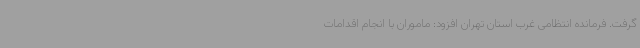
گرفت. فرمانده انتظامی غرب استان تهران افزود: ماموران با انجام اقدامات